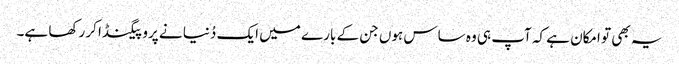
یہ بھی تو امکان ہے کہ آپ ہی وہ ساس ہوں جن کے بارے میں ایک دُنیا نے پروپیگنڈا کر رکھا ہے۔